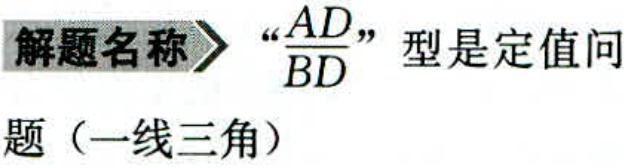
解题名称 $\rightharpoonup$ “$\frac{AD}{BD}$”型是定值问题（一线三角）